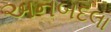
અનબદલા